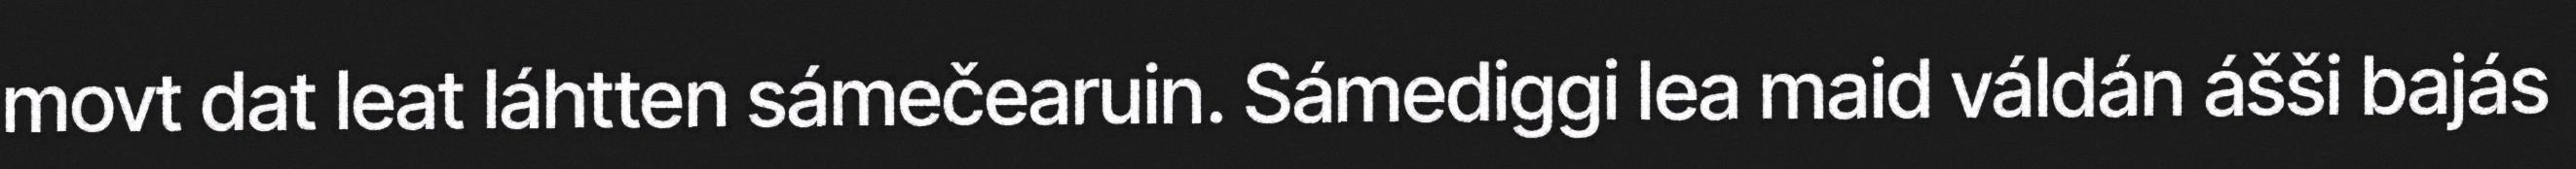
movt dat leat láhtten sámečearuin. Sámediggi lea maid váldán ášši bajás